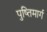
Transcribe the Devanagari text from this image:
पुष्तिमार्ग